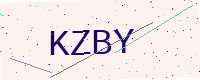
Text: KZBY